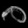
Digit: ၈